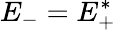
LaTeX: E_{-}=E_{+}^{*}